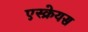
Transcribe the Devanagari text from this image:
एस्क्रेयस